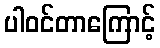
ပါဝင်တာကြောင့်